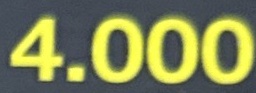
4.000